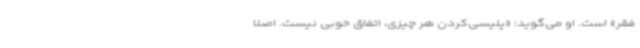
فقر» است. او می‌گوید: «پلیسی‌کردن هر چیزی، اتفاق خوبی نیست. اصلاً